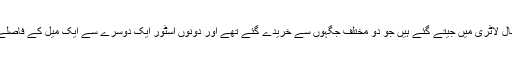
یہ انعام پاوربال لاٹری میں جیتے گئے ہیں جو دو مختلف جگہوں سے خریدے گئے تھے اور دونوں اسٹور ایک دوسرے سے ایک میل کے فاصلے پر واقع ہیں۔